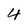
Character: 4